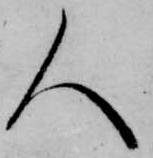
人